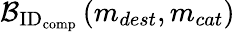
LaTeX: \mathcal{B}_{\textrm{ID}_{\textrm{comp}}}\left(m_{dest},m_{cat}\right)